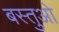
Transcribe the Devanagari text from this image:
बस्तुओ